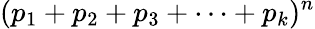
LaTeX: (p_{1}+p_{2}+p_{3}+\cdots+p_{k})^{n}